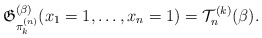
\begin{gather*} \mathfrak{G}_{\pi_{k}^{(n)}}^{(\beta)}(x_1=1,\ldots,x_n=1)= {\cal{T}}_{n}^{(k)}(\beta).\end{gather*}